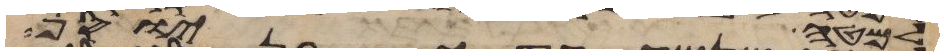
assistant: למטה יוסף